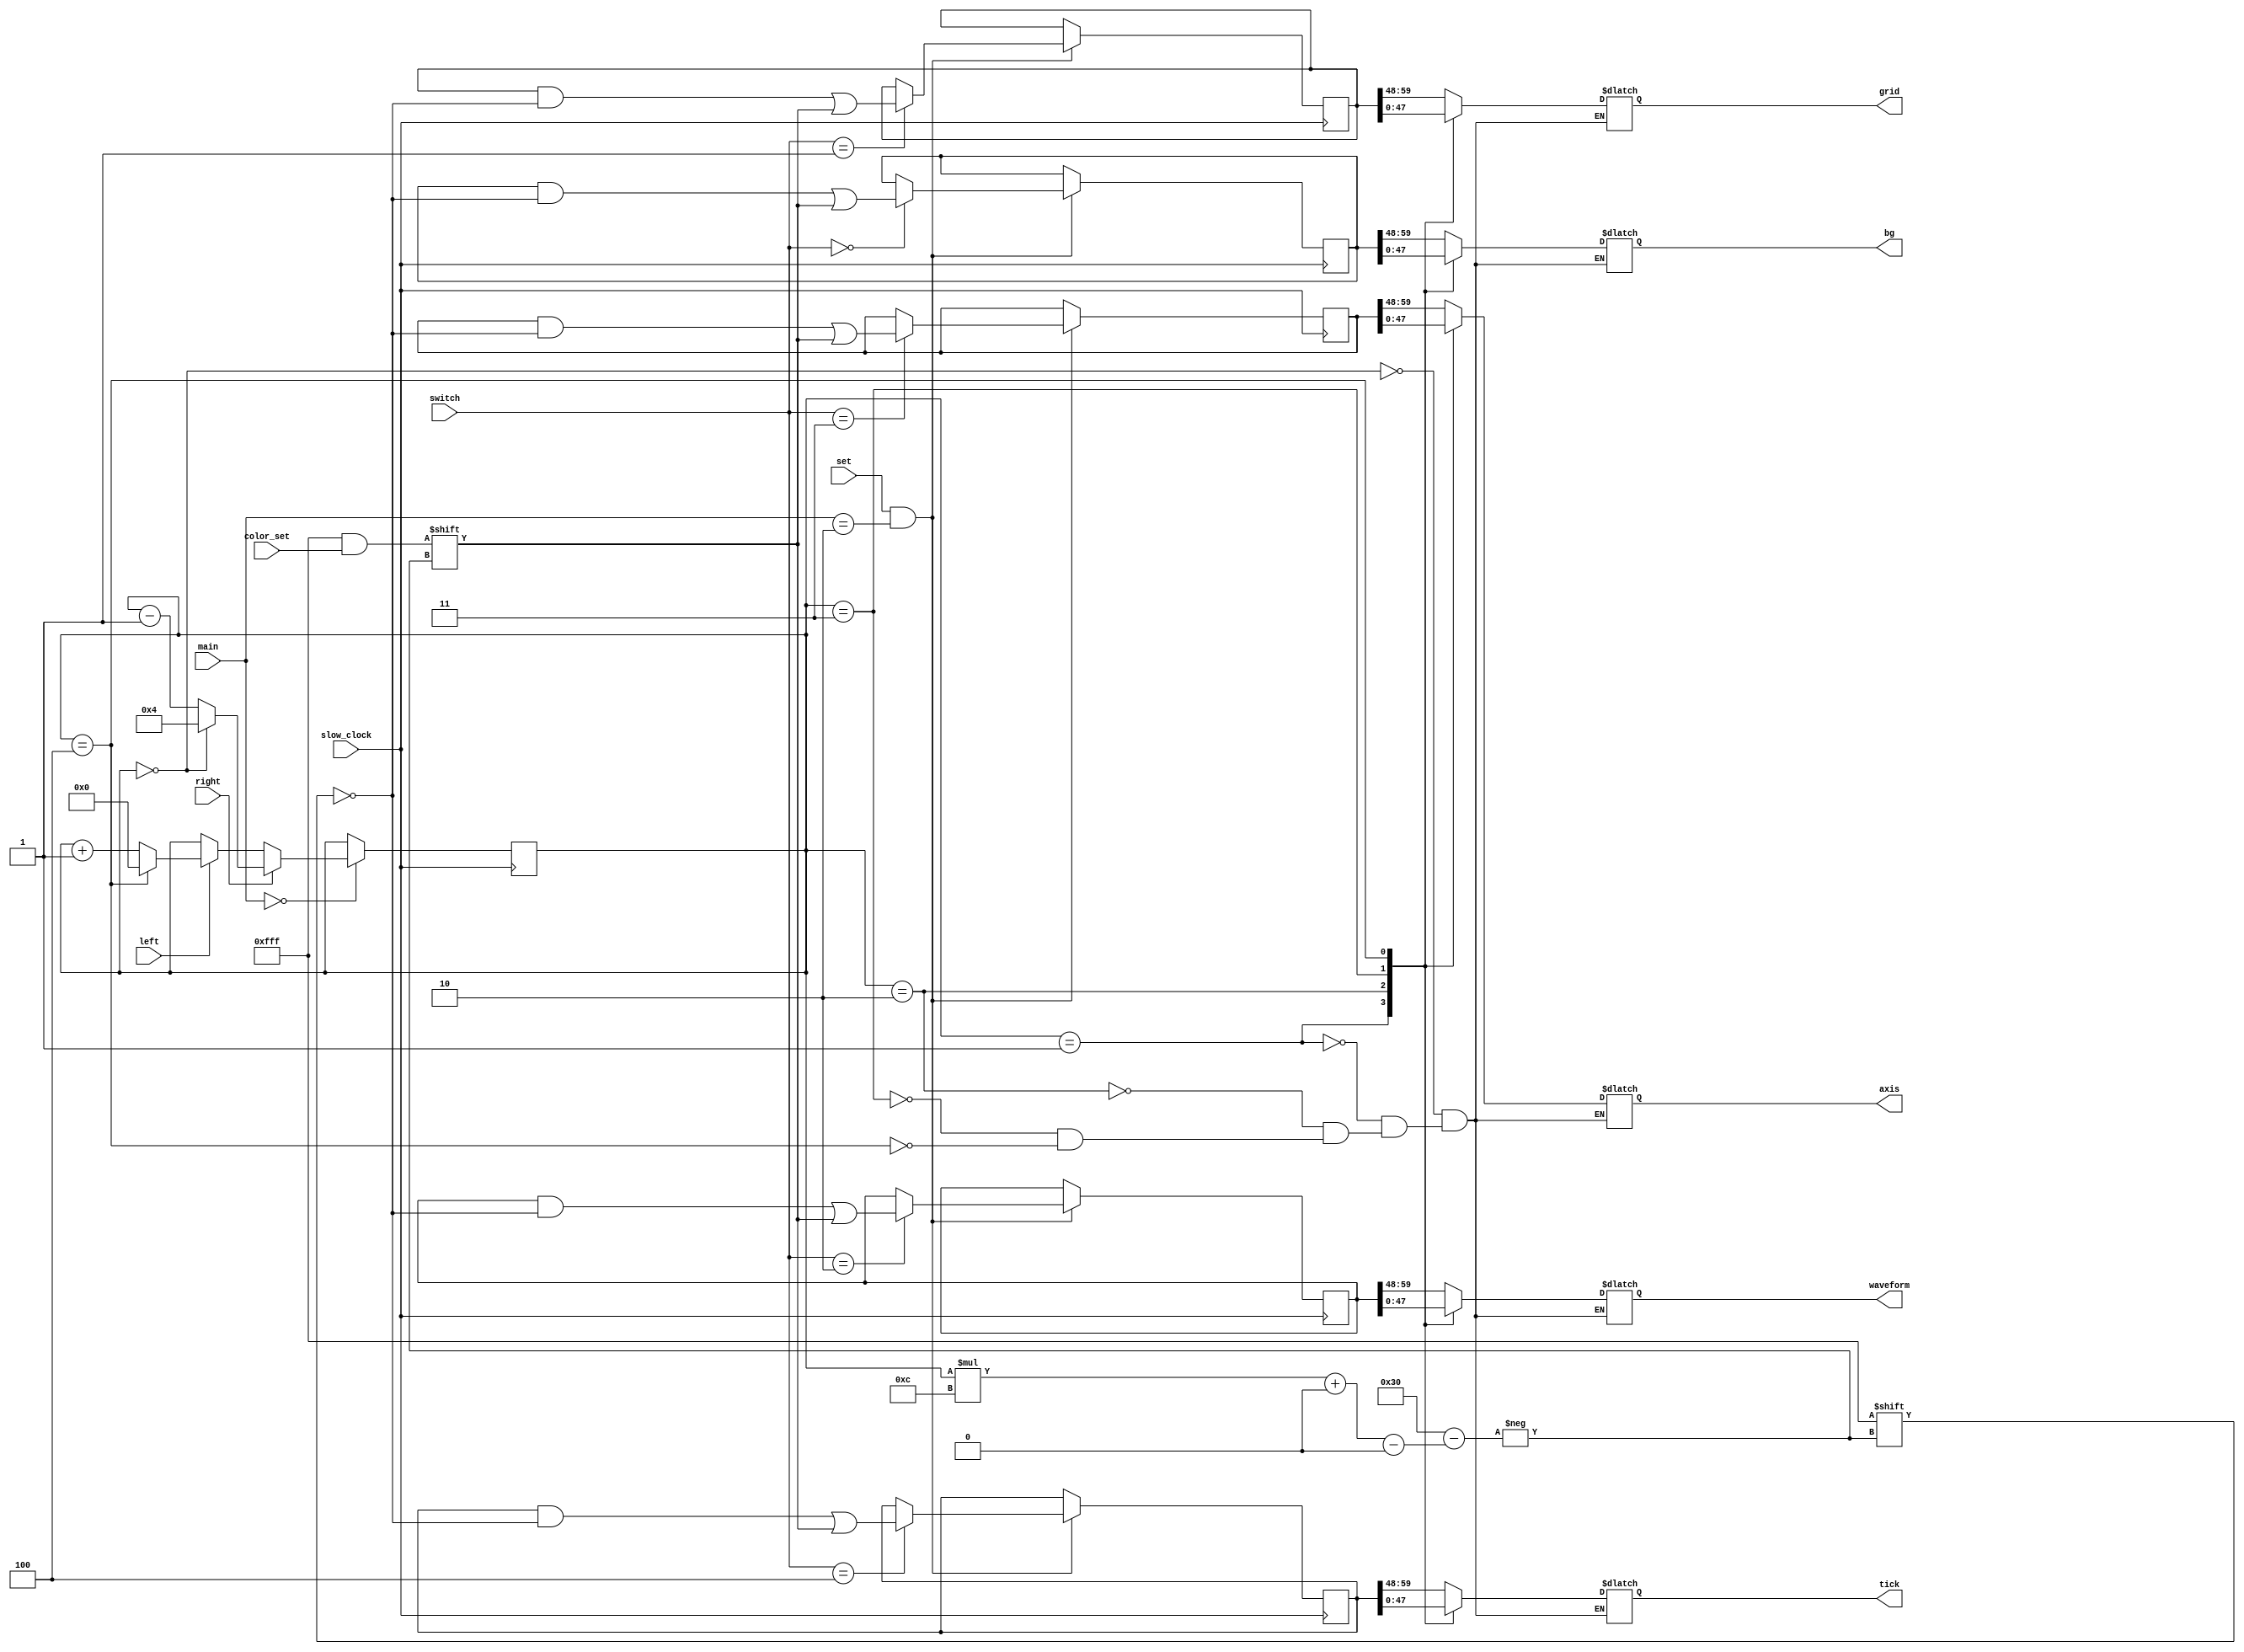
`timescale 1ns / 1ps
//////////////////////////////////////////////////////////////////////////////////
// Company: 
// Engineer: 
// 
// Design Name: 
// Module Name: color_select
// Project Name: 
// Target Devices: 
// Tool Versions: 
// Description: 
// 
// Dependencies: 
// 
// Revision:
// Revision 0.01 - File Created
// Additional Comments:
// 
//////////////////////////////////////////////////////////////////////////////////


module color_select(
    input set, 
    input[2:0] switch, 
    input [0:11] color_set,
    input[1:0]main,
    input slow_clock, left, right, 
    output reg [0:11] bg,
    output reg [0:11] grid,
    output reg [0:11] waveform,
    output reg [0:11] tick, 
    output reg[0:11] axis);
    reg [3:0] counter = 0;
    
    reg [0:59] bg_set = {4'h0,4'h0,4'h0,4'h8,4'h8,4'ha,4'h5,4'h2,4'h2,4'h2,4'h5,4'h2,4'h8,4'h6,4'h1};
    reg [0:59] grid_set = {4'h0,4'h0,4'hf,4'h0,4'h0,4'h0,4'h0,4'h0,4'h0,4'hf,4'hf,4'hf,4'h0,4'h4,4'h1};
    reg [0:59] tick_set = {4'h0,4'hf,4'h0,4'hf,4'hb,4'h8,4'hd,4'h8,4'h0,4'h0,4'hf,4'h0,4'h9,4'hf,4'h9};
    reg [0:59] waveform_set = {4'hd,4'h0,4'hd,4'h0,4'hf,4'h0,4'h0,4'h0,4'he,4'hf,4'hf,4'hf,4'h4,4'h9,4'hf};
    reg [0:59] axis_set = {4'h0,4'hf,4'hf,4'hf,4'h0,4'h0,4'hf,4'hf,4'hf,4'h0,4'h0,4'hf,4'h5,4'ha,4'h5};
    always@ (posedge slow_clock) begin
        if(main == 0)begin
            if (left) begin
                counter <= (counter ==  4) ? 0 : counter + 1;
            end
            if (right)begin
                counter <= (counter == 0) ? 4 : counter - 1;
            end
        end
        if(set && main == 2)begin
            case(switch)
                0: bg_set[counter*12+:12] <= color_set;
                1: grid_set[counter*12+:12] <= color_set;
                2: waveform_set[counter*12+:12] <= color_set;
                3: axis_set[counter*12+:12] <= color_set;
                4: tick_set[counter*12+:12] <= color_set;
            endcase
        end
    end
    


    
    always @ (*) begin
        case(counter)
            0:begin
                bg <= bg_set[0:11];
                grid <= grid_set[0:11];
                tick <= tick_set[0:11];
                waveform <= waveform_set[0:11];
                axis <= axis_set[0:11];
            end
            1:begin
                bg <= bg_set[12:23];
                grid <= grid_set[12:23];
                tick <= tick_set[12:23];
                waveform <= waveform_set[12:23];
                axis <= axis_set[12:23];
            end
            2:begin
                bg <= bg_set[24:35];
                grid <= grid_set[24:35];
                tick <= tick_set[24:35];
                waveform <= waveform_set[24:35];
                axis <= axis_set[24:35];
            end
            3:begin
                bg <= bg_set[36:47];
                grid <= grid_set[36:47];
                tick <= tick_set[36:47];
                waveform <= waveform_set[36:47];
                axis <= axis_set[36:47];
            end
            4:begin
                bg <= bg_set[48:59];
                grid <= grid_set[48:59];
                tick <= tick_set[48:59];
                waveform <= waveform_set[48:59];
                axis <= axis_set[48:59];
            end
        endcase
    end
endmodule